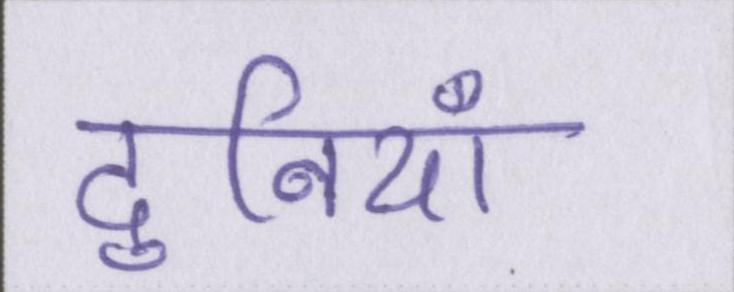
दुनियाँ